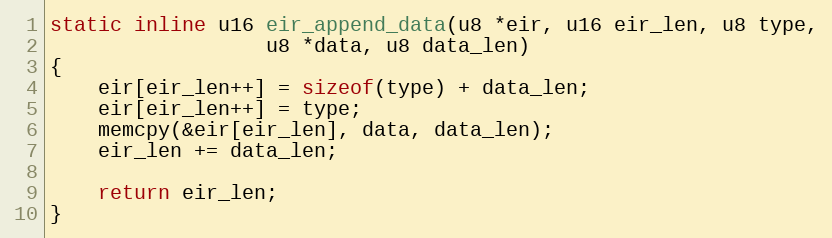
Language: C
static inline u16 eir_append_data(u8 *eir, u16 eir_len, u8 type,
				  u8 *data, u8 data_len)
{
	eir[eir_len++] = sizeof(type) + data_len;
	eir[eir_len++] = type;
	memcpy(&eir[eir_len], data, data_len);
	eir_len += data_len;

	return eir_len;
}